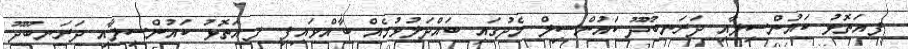
ފ.އަތޮޅު ކައުންސިލާއި ދަރަނބޫދޫ ކައުންސިލް މެދުގައި ބައްދަލުވުމެއް ބާއްވައިފި ފ.އަތޮޅު ކައުންސިލާއި ދަރަނބޫދޫ